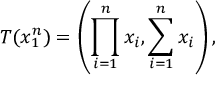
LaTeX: T ( x _ { 1 } ^ { n } ) = \left( \prod _ { i = 1 } ^ { n } x _ { i } , \sum _ { i = 1 } ^ { n } x _ { i } \right) ,